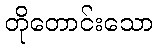
တိုတောင်းသော